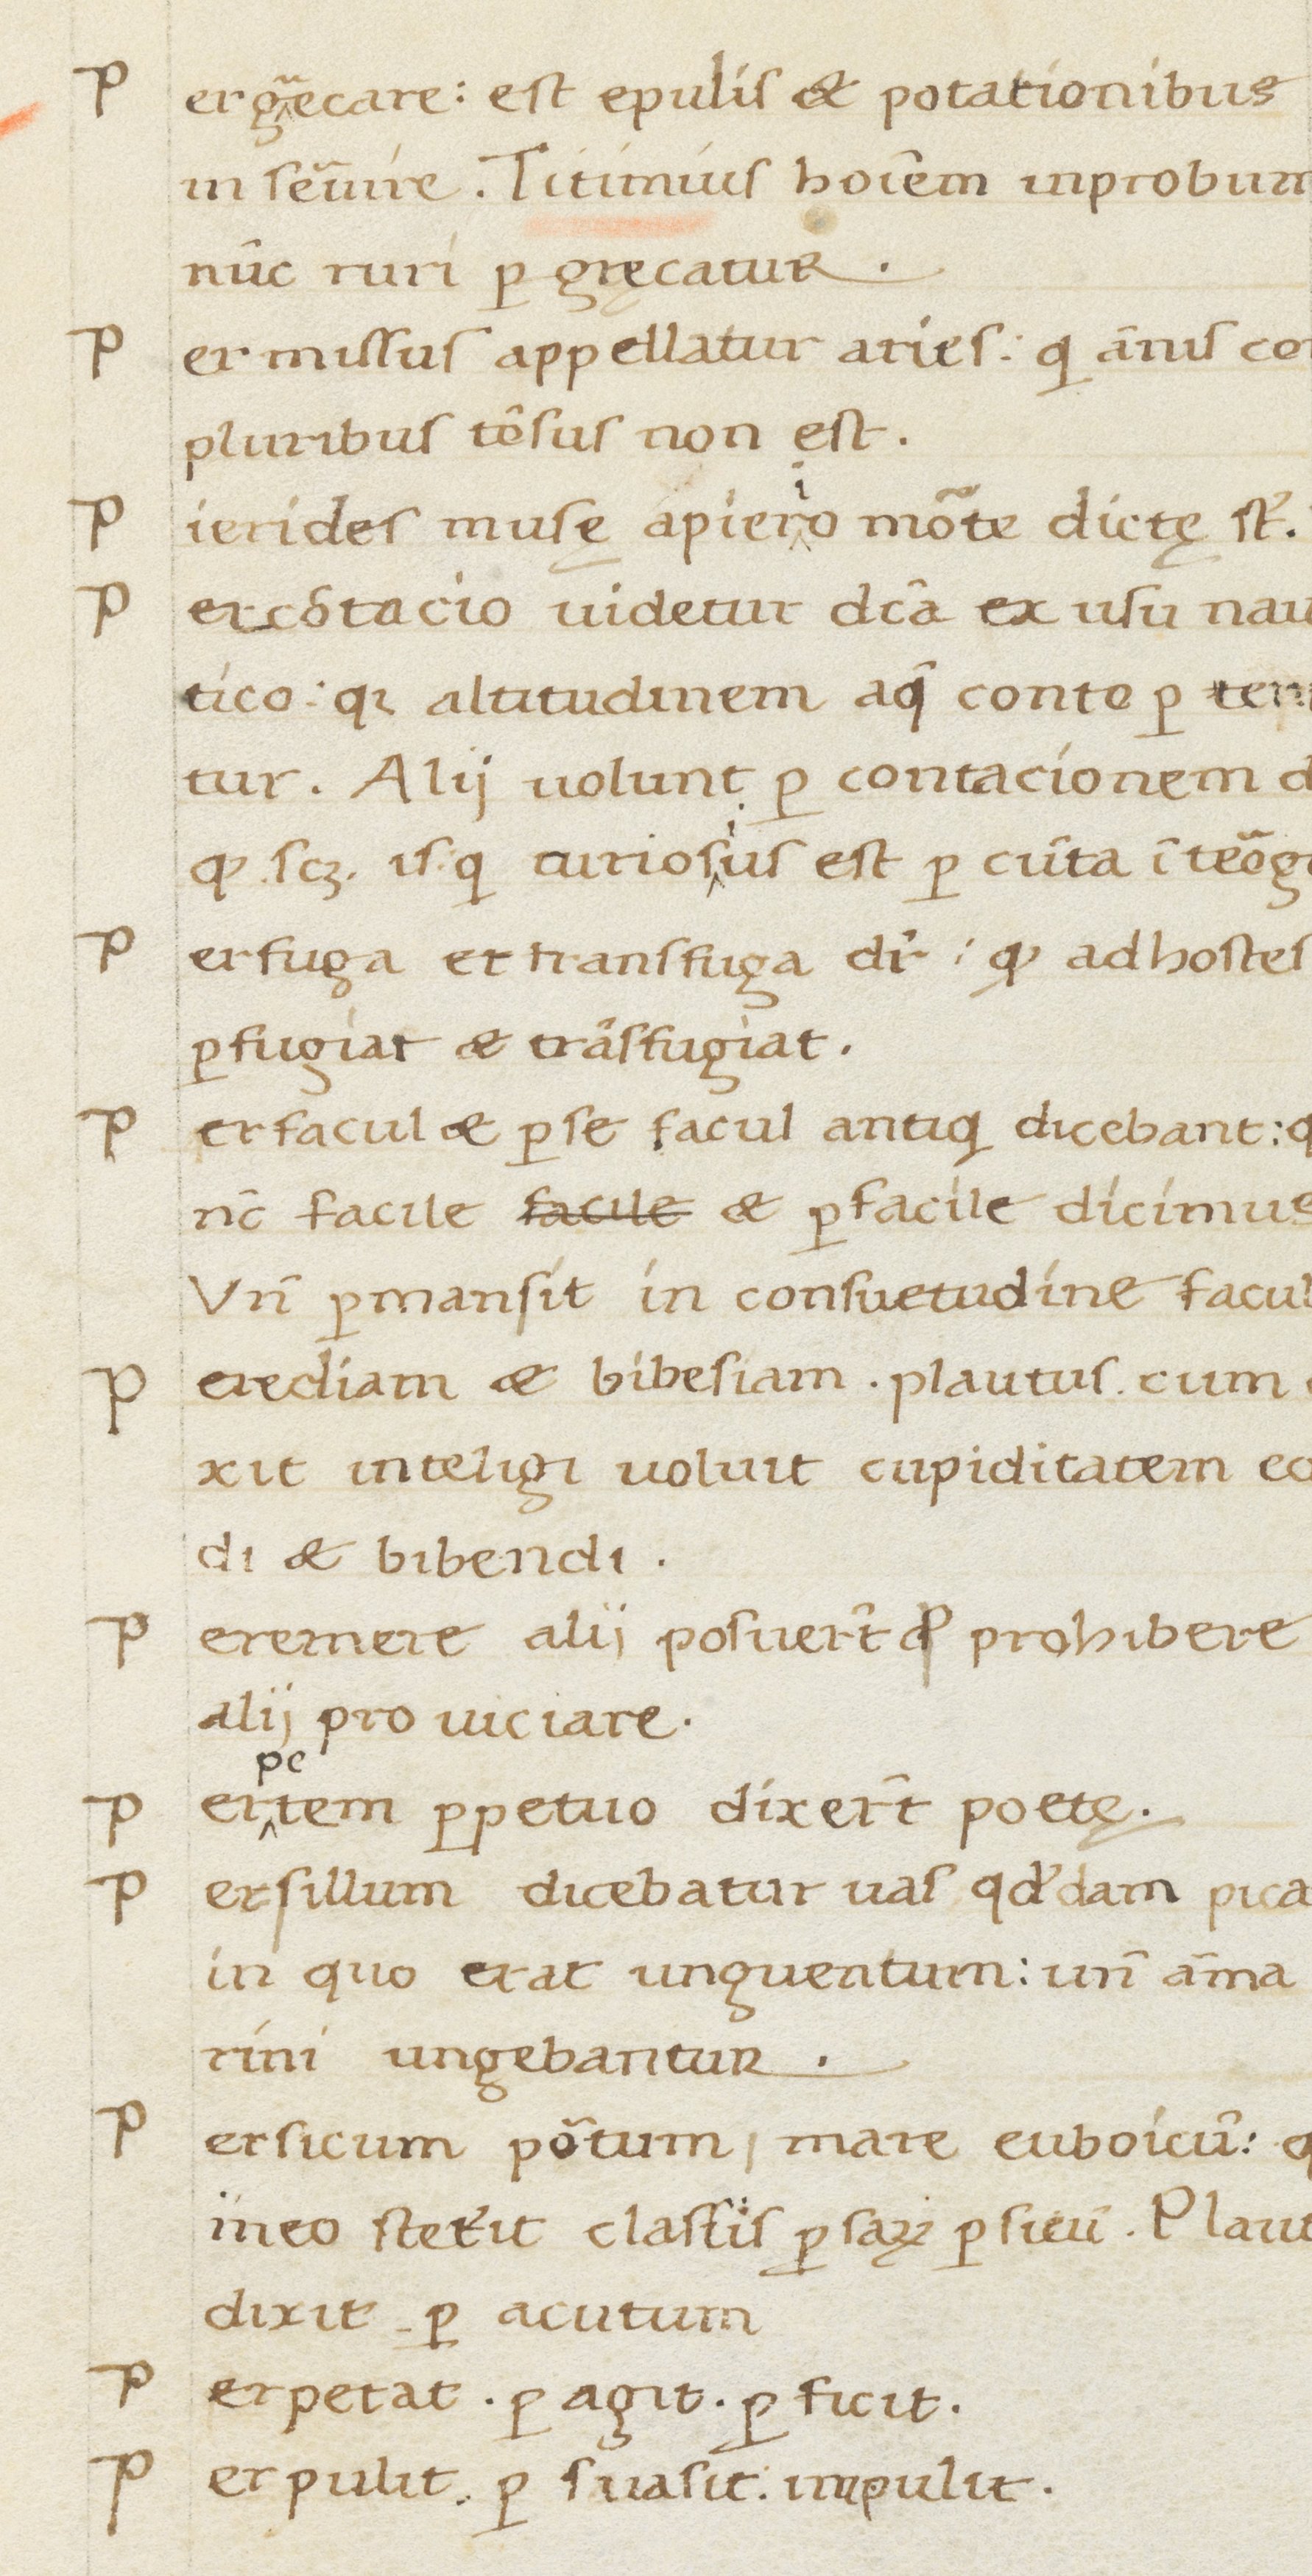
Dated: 1400–1499